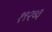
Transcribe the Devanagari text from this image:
१९२७३